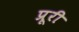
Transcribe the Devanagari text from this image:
प्रूरी